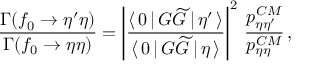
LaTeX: \frac { \Gamma ( f _ { 0 } \to \eta ^ { \prime } \eta ) } { \Gamma ( f _ { 0 } \to \eta \eta ) } = \left| \frac { \langle \, 0 \, | \, G \widetilde { G } \, | \, \eta ^ { \prime } \, \rangle } { \langle \, 0 \, | \, G \widetilde { G } \, | \, \eta \, \rangle } \right| ^ { 2 } \, \frac { p _ { \eta \eta ^ { \prime } } ^ { C M } } { p _ { \eta \eta } ^ { C M } } \, ,